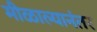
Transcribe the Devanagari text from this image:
मीळाल्यानंतर